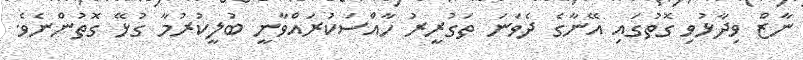
ނާޒް ވިދާޅުވި ގޮތުގައި އޭނާގެ ދެވަނަ ތަގުރީރު ހާއްސަކުރައްވާނީ ބުލީކުރުމާ ގުޅޭ ގޮތުންނެވެ.